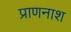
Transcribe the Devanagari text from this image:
प्राणनाश